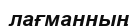
лағманның